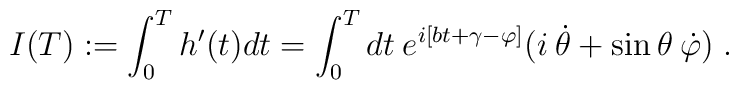
I(T):=\int_0^T h'(t)dt=\int_0^T dt\: e^{i[bt+\gamma-\varphi]}	(i\:\dot\theta+\sin\theta\:\dot\varphi)\;.